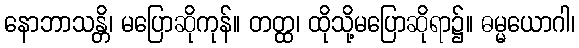
နောဘာသန္တိ၊ မပြောဆိုကုန်။ တတ္ထ၊ ထိုသို့မပြောဆိုရာ၌။ ဓမ္မယောဂါ၊